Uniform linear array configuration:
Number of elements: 32
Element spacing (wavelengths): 0.25
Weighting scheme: hamming
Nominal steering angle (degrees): -15
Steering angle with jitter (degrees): -16.306
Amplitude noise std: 0.05
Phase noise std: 0.05

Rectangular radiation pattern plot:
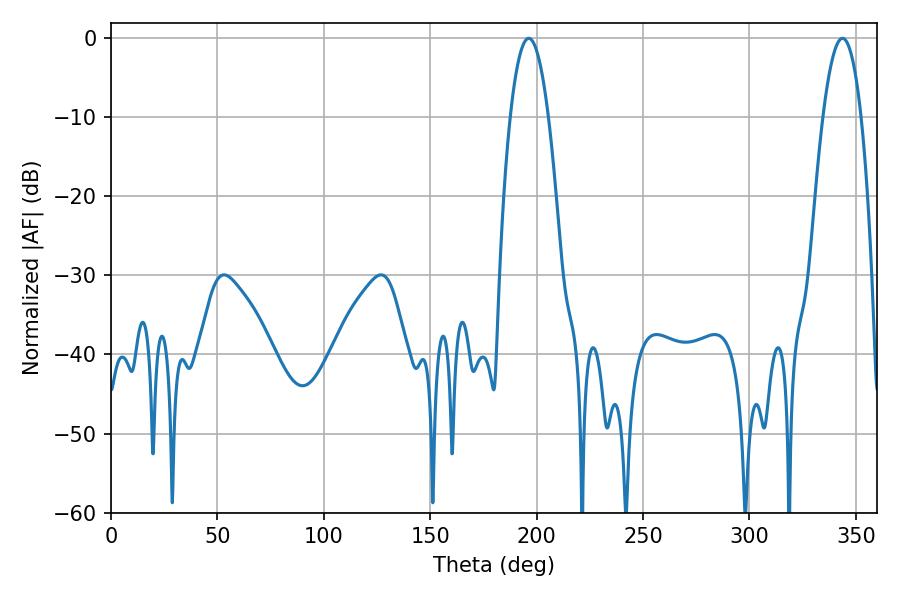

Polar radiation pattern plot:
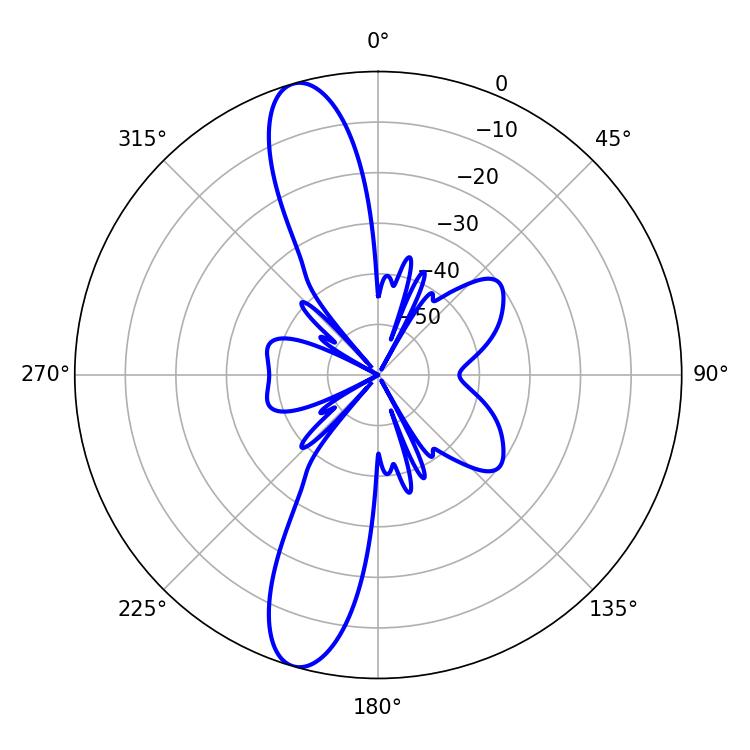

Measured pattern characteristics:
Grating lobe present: FALSE
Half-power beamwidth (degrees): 9.9
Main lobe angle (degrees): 196.2